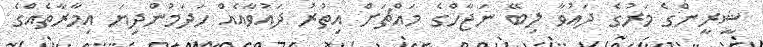
ޝީރީންގެ މަރުގެ ދައުވާ ލިބޭ ނަޖާހްގެ މައްޗަށް އިތުރު ދައުވާއެއް ހަދަމުންދިޔަ އިމާރާތެއްގެ